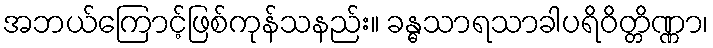
အဘယ်ကြောင့်ဖြစ်ကုန်သနည်း။ ခန္ဓသာရသာခါပရိဝိတ္တိဏ္ဏာ၊